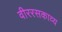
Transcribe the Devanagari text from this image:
वीररसकाव्य